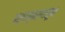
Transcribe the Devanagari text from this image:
अर्धस्वरापासून